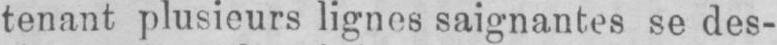
tenant plusieurs lignes saignantes se des-